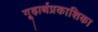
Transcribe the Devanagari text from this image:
गूढ़ार्थप्रकाशिका